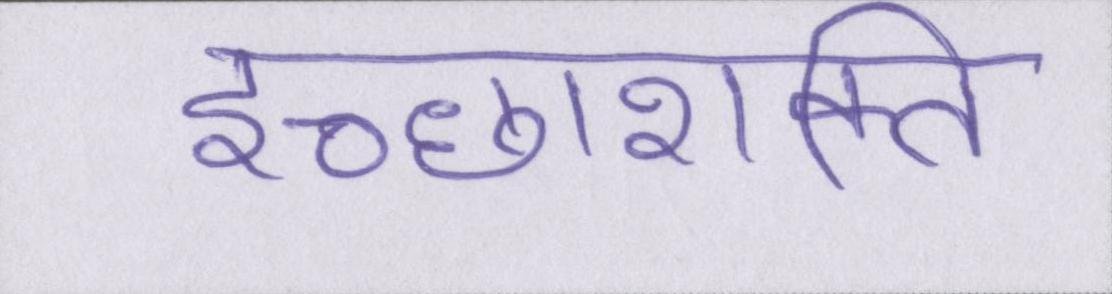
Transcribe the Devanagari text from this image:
इच्छाशक्ति